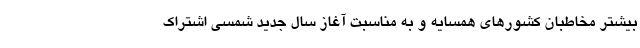
بیشتر مخاطبان کشورهای همسایه و به مناسبت آغاز سال جدید شمسی اشتراک